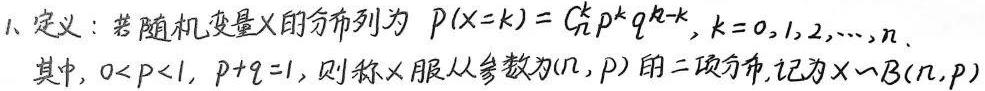
1. 定义：若随机变量$X$的分布列为$P(X = k)=C_{n}^{k}p^{k}q^{n - k},k = 0,1,2,\cdots,n$。
其中，$0 < p < 1$，$p + q = 1$，则称$X$服从参数为$(n,p)$的二项分布，记为$X\sim B(n,p)$。